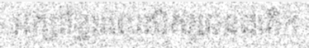
អក្សរខ្មែរដល់សិស្សជនជាតិ។